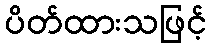
ပိတ်ထားသဖြင့်